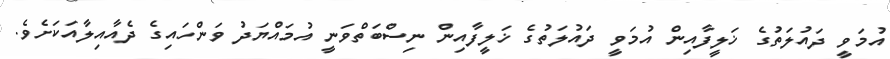
އުމަވީ ދައުލަތުގެ ޚަލީފާއިން އުމަވީ ދައުލަތުގެ ޚަލީފާއިން ނިސްބަތްވަނީ އުމައްޔަދު ވަންހައިގެ ދެއާއިލާއަކަށެވެ.